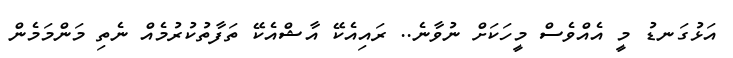
އަޅުގަނޑު މީ އެއްވެސް މީހަކަށް ނުވާނެ.. ރައިއެކޭ އާޝްއެކޭ ތަފާތުކުރުމެއް ނެތި މަންމަމެން